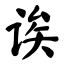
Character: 诶